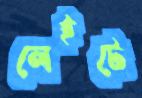
লেইটে